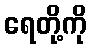
ရေတို့ကို